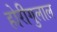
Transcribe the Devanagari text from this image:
होरीगुलाल